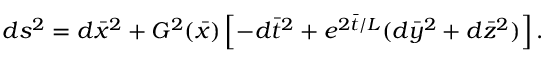
d s ^ { 2 } = d { \bar { x } } ^ { 2 } + G ^ { 2 } ( { \bar { x } } ) \left[ - d { \bar { t } } ^ { 2 } + e ^ { 2 { \bar { t } } / L } ( d { \bar { y } } ^ { 2 } + d { \bar { z } } ^ { 2 } ) \right] .